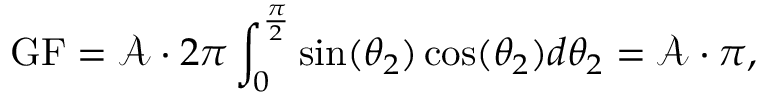
\mathrm { G F } = \mathcal { A } \cdot 2 \pi \int _ { 0 } ^ { \frac { \pi } { 2 } } \sin ( \theta _ { 2 } ) \cos ( \theta _ { 2 } ) d \theta _ { 2 } = \mathcal { A } \cdot \pi ,